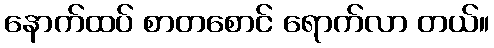
နောက်ထပ် စာတစောင် ရောက်လာ တယ်။